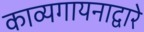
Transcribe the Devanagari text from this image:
काव्यगायनाद्वारे